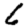
Digit: 6